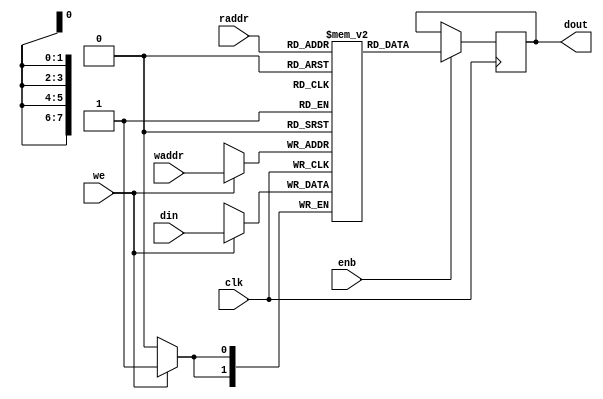
//dram
module sp_bram #(
    parameter ADDR_WIDTH = 8,
              DATA_WIDTH = 2,
              INIT_NUM   = 0
            //   INIT_FILE = "C:\Users\lenovo\Desktop\data_init.coe"
)
(
    input clk,                    // Clock

    input [ADDR_WIDTH-1:0] raddr,  // Read Address
    output reg[DATA_WIDTH-1:0] dout,
    input enb,                      // Read Enable

    input [ADDR_WIDTH-1:0] waddr,
    input [DATA_WIDTH-1:0] din,   // Data Input
    input we                      // Write Enable
); 
    reg [DATA_WIDTH-1:0] ram [0:(1 << ADDR_WIDTH)-1];

    integer i;
    initial begin
        for (i = 0; i < (1 << ADDR_WIDTH); i = i + 1) begin
            ram[i] = INIT_NUM;
        end
    end

    // assign dout = (addr_r==waddr&&we)?din:ram[addr_r];//write first

    always @(posedge clk) begin
        if(enb) dout <= ram[raddr];
        if (we) ram[waddr] <= din;
    end

endmodule